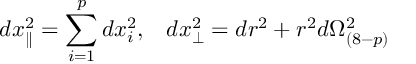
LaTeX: d x _ { \parallel } ^ { 2 } = \sum _ { i = 1 } ^ { p } d x _ { i } ^ { 2 } , \; \; \; d x _ { \perp } ^ { 2 } = d r ^ { 2 } + r ^ { 2 } d \Omega _ { ( 8 - p ) } ^ { 2 }